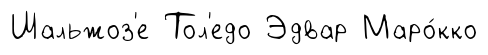
Шальжоз'е Тол'едо Эдвар Маро́кко